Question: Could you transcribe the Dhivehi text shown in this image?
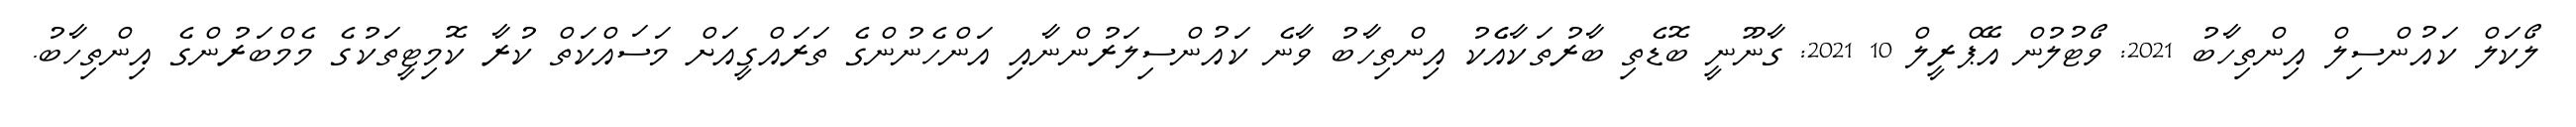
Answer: ލޯކަލް ކައުންސިލް އިންތިހާބު 2021: ވޯޓުލުން އޭޕްރީލް 10 2021: ގާނޫނީ ބޮޑެތި ބާރުތަކާއެެކު އިންތިހާބު ވާނެ ކައުންސިލަރުންނާއި އަންހެނުންގެ ތަރައްގީއަށް މަސައްކަތް ކުރާ ކޮމިޓީތަކުގެ މެމްބަރުންގެ އިންތިހާބު.